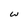
Character: w